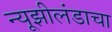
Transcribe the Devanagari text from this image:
न्यूझीलंडाचा